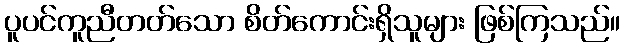
ပူပင်ကူညီတတ်သော စိတ်ကောင်းရှိသူများ ဖြစ်ကြသည်။